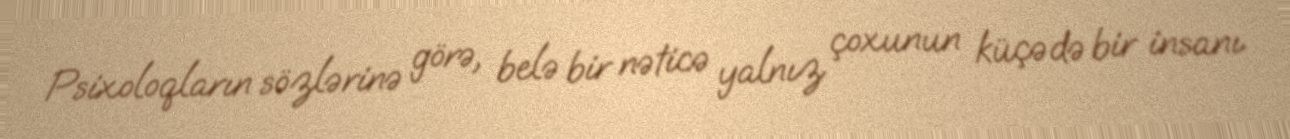
Psixoloqların sözlərinə görə, belə bir nəticə yalnız çoxunun küçədə bir insanı